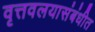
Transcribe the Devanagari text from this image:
वृत्तवलयासंबंधीत